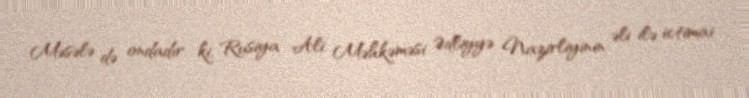
Məsələ də ondadır ki, Rusiya Ali Məhkəməsi Ədliyyə Nazirliyinin əli ilə ictimai